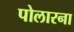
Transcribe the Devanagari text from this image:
पोलारना